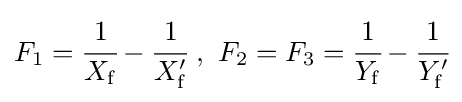
F_{1}={\cfrac {1}{X_{\mathrm {f} }}}-{\cfrac {1}{X_{\mathrm {f} }^{\prime }}}\ ,\ F_{2}=F_{3}={\cfrac {1}{Y_{\mathrm {f} }}}-{\cfrac {1}{Y_{\mathrm {f} }^{\prime }}}